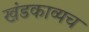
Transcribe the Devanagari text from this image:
खंडकाव्यच